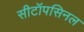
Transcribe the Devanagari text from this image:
सीटॉपसिनल